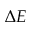
\Delta E